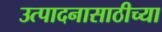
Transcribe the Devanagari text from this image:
उत्पादनासाठीच्या